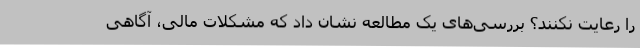
را رعایت نکنند؟ بررسی‌های یک مطالعه نشان داد که مشکلات مالی، آگاهی